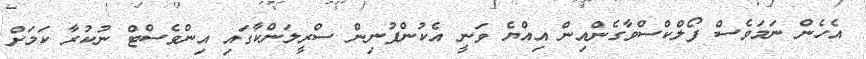
އެހެން ނަމަވެސް ފޯލްކްސްވާގެންއިން އިއްޔެ ވަނީ އެކުންފުނިން ސްރީލަންކާގައި އިންވެސްޓް ނުކުރާ ކަމަށް